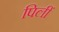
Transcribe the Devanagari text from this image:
पिलीं